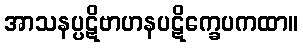
အာသနပ္ပဋိဗာဟနပဋိက္ခေပကထာ။